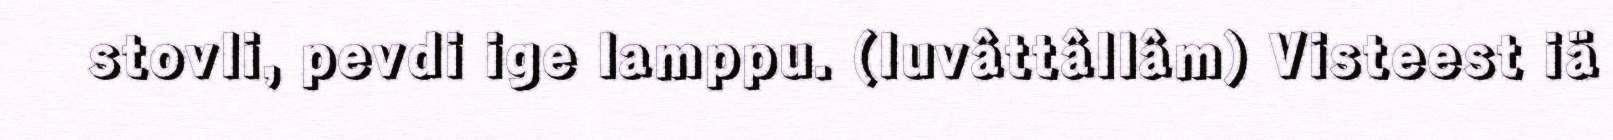
stovli, pevdi ige lamppu. (luvâttâllâm) Visteest iä